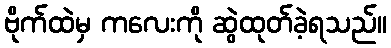
ဗိုက်ထဲမှ ကလေးကို ဆွဲထုတ်ခဲ့ရသည်။